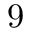
9